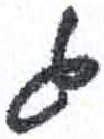
אות: ג